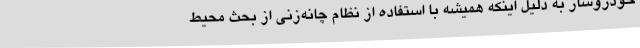
خودروساز به دلیل اینکه همیشه با استفاده از نظام چانه‌زنی از بحث محیط